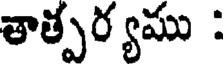
తాత్పర్యము :